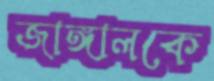
জাঙ্গালকে